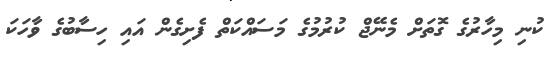
ކުނި މިހާރުގެ ގޮތަށް މެނޭޖް ކުރުމުގެ މަސައްކަތް ފެށިގެން އައި ހިސާބުގެ ވާހަކަ